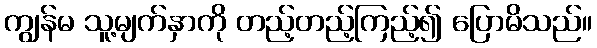
ကျွန်မ သူ့မျက်နှာကို တည့်တည့်ကြည့်၍ ပြောမိသည်။